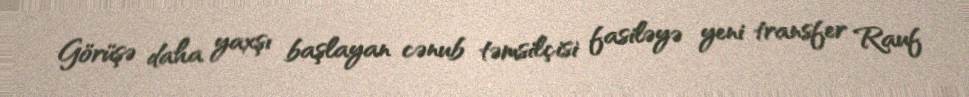
Görüşə daha yaxşı başlayan cənub təmsilçisi fasiləyə yeni transfer Rauf